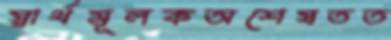
স্বার্থমূলকঅশেষতত